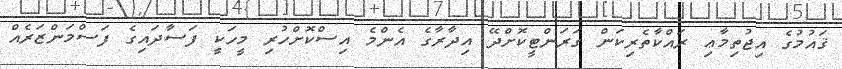
ޤައުމުގެ އިޖުތިމާޢި ރައްކާތެރިކަން ގަރަންޓީކޮށްދޭ އިދާރާގެ އެންމެ އިސްކޮށްހުރި މީހަކީ ފަސާދައިގެ ފަސްމަންޒަރެއް